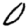
Digit: 0